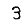
Digit: 3